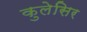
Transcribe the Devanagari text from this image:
कुलेसिर